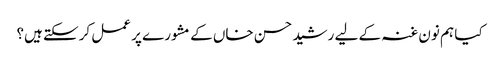
کیا ہم نون غنہ کے لیے رشید حسن خاں کے مشورے پر عمل کرسکتے ہیں؟